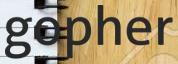
gopher